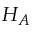
H _ { A }